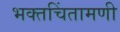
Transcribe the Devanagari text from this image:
भक्तचिंतामणी